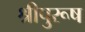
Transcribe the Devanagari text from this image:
श्रीपुरूष